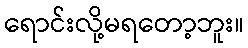
ရောင်းလို့မရတော့ဘူး။